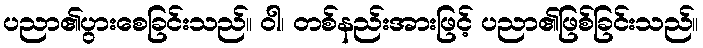
ပညာ၏ပွားစေခြင်းသည်။ ဝါ၊ တစ်နည်းအားဖြင့် ပညာ၏ဖြစ်ခြင်းသည်။